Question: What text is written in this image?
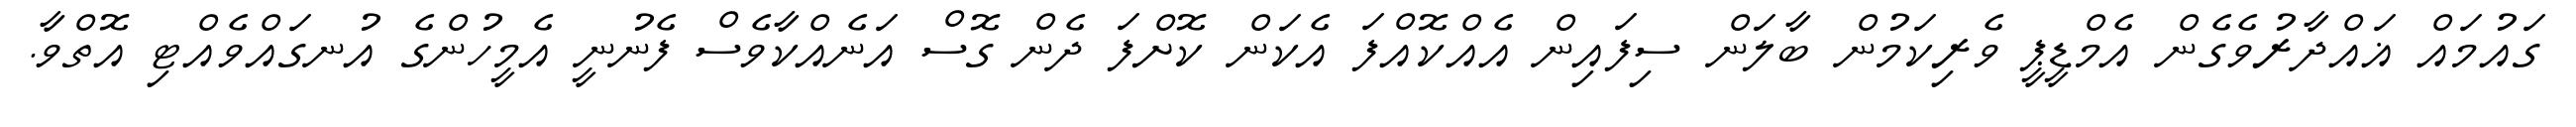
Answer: ގައުމައް ޣައްދާރުވެގެން އެމްޑީޕީ ވެރިކަމުން ބާލަން ސިފައިން އެއްކޮއްފަ އެކަން ކޮށްފަ ދެން ގޮސް އަނެއްކާވެސް ފެނުނީ އެމީހުންގެ އުނގައްވެއްޓި އޮތްވާ.